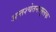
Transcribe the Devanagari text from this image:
अन्तश्चेतनामूलक